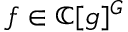
f \in \mathbb { C } [ { \mathfrak { g } } ] ^ { G }